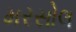
મરસોલ